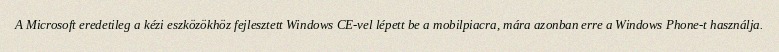
A Microsoft eredetileg a kézi eszközökhöz fejlesztett Windows CE-vel lépett be a mobilpiacra, mára azonban erre a Windows Phone-t használja.